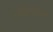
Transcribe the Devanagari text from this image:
पाकिस्तान्स